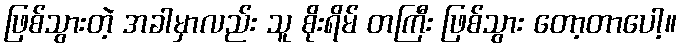
ဖြစ်သွားတဲ့ အခါမှာလည်း သူ စိုးရိမ် တကြီး ဖြစ်သွား တော့တာပေါ့။